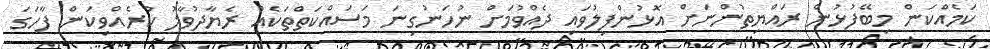
ކަމެއްކަން މިބޭފުޅުން ރައްޔިތުންނަށް އޮޅުންފިލުވައި ދެއްވުމަށް ނުހަނުގިނަ މަސައްކަތްތަކެއް ރެޔާދުވާލު ކުރެއްވިކަން ފާހަގަ